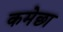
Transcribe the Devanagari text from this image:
कमेछा